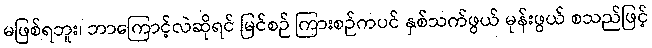
မဖြစ်ရဘူး၊ ဘာကြောင့်လဲဆိုရင် မြင်စဉ် ကြားစဉ်ကပင် နှစ်သက်ဖွယ် မုန်းဖွယ် စသည်ဖြင့်